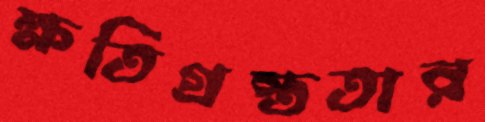
ক্ষতিগ্রস্ততার